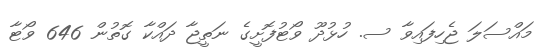
މައްސަލަ ޖެހިފައިވާ ސ. ހުޅުދޫ ވޯޓުފޮށީގެ ނަތީޖާ ދައްކާ ގޮތުން 646 ވޯޓާ